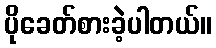
ပိုခေတ်စားခဲ့ပါတယ်။